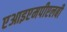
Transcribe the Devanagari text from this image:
एआइएमपीएलबी